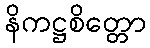
နိကဋ္ဌစိတ္တော